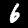
Label: 6